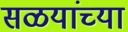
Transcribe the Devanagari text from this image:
सळयांच्या